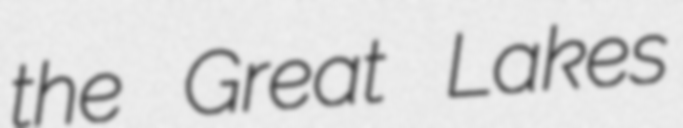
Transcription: the Great Lakes